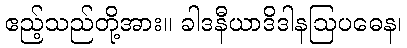
ဧည့်သည်တို့အား။ ခါဒနီယာဒိဒါနဩပဓေန၊